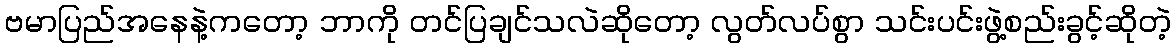
ဗမာပြည်အနေနဲ့ကတော့ ဘာကို တင်ပြချင်သလဲဆိုတော့ လွတ်လပ်စွာ သင်းပင်းဖွဲ့စည်းခွင့်ဆိုတဲ့